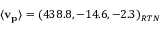
\mathbf { \langle v _ { p } \rangle } = ( 4 3 8 . 8 , - 1 4 . 6 , - 2 . 3 ) _ { R T N }